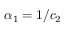
{ \alpha _ { 1 } = 1 / c _ { 2 } }